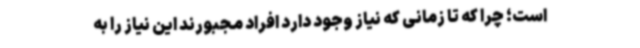
است؛ چرا که تا زمانی که نیاز وجود دارد افراد مجبورند این نیاز را به